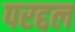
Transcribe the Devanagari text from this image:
परद्दल